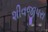
શીવજીપરા